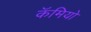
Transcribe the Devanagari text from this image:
कॅमियो